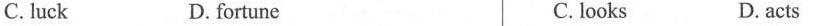
C. luck D. fortune C. looks D. acts